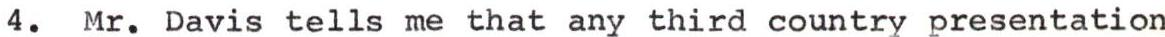
4. Mr. Davis tells me that any third country presentation